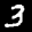
Label: 3